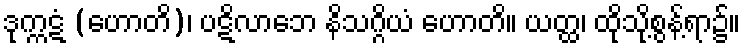
ဒုက္ကဋံ (ဟောတိ)၊ ပဋိလာဘေ နိသဂ္ဂိယံ ဟောတိ။ ယတ္ထ၊ ထိုသို့စွန့်ရာ၌။